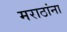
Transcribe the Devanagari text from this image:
मराठांना